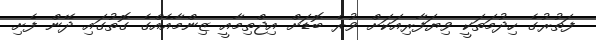
ފަތުރުގެ ހިދުމަތަކީ ވިޔަފާރިއަކަށް ވުރެ ބޮޑަށް އިޖްތިމާއީ ޒިންމާއެއްގެ ގޮތުގައި ދޭން ފެށި